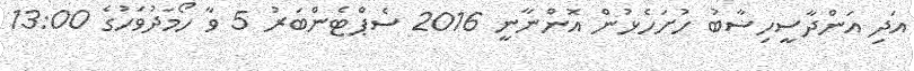
އަދި އަންދާސީހިސާބު ހުށަހެޅުން އޮންނާނީ 2016 ސެޕްޓެންބަރު 5 ވާ ހޯމަދުވަހުގެ 13:00